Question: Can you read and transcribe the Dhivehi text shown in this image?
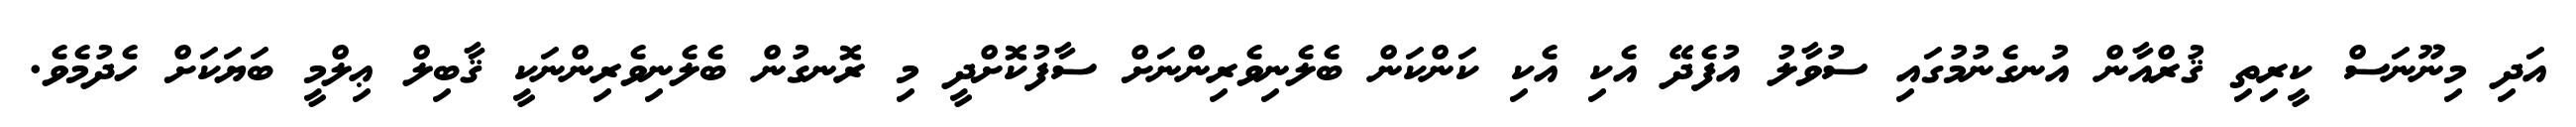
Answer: އަދި މިނޫނަސް ކީރިތި ޤުރްއާން އުނގެނުމުގައި ސުވާލު އުފެދޭ އެކި އެކި ކަންކަން ބެލެނިވެރިންނަށް ސާފުކޮށްދީ މި ރޮނގުން ބެލެނިވެރިންނަކީ ޤާބިލް ޢިލްމީ ބަޔަކަށް ހެދުމެވެ.